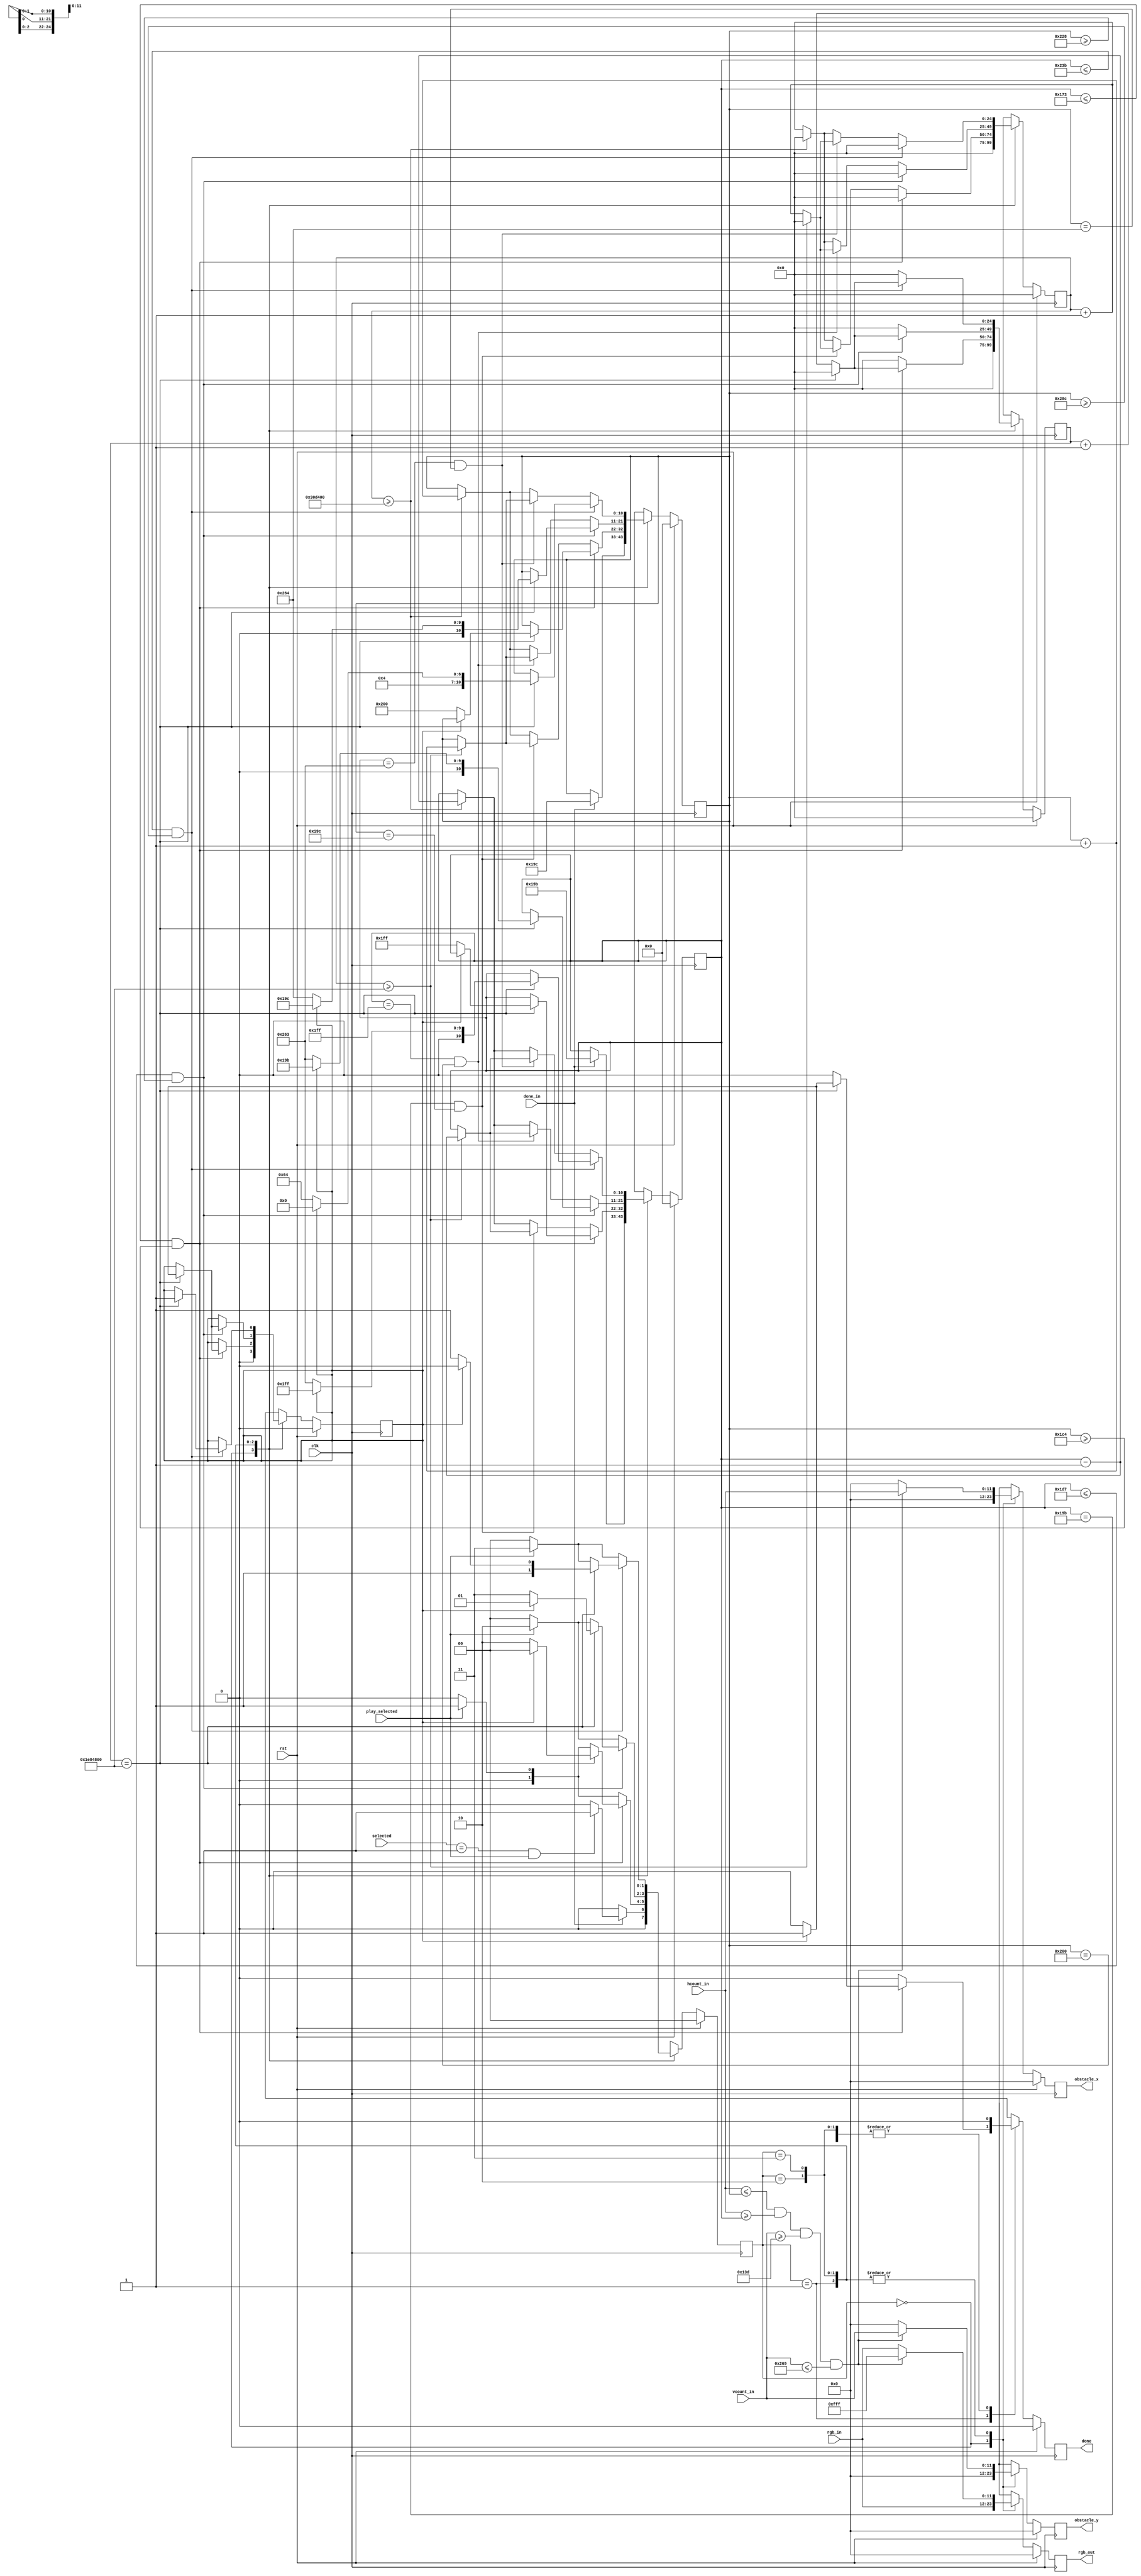
`timescale 1ns / 1ps
//////////////////////////////////////////////////////////////////////////////////
// Company: 
// Engineer: 
// 
// Design Name: 
// Module Name: lasers_obstacle
// Project Name: 
// Target Devices: 
// Tool Versions: 
// Description: 
// 
// Dependencies: 
// 
// Revision:
// Revision 0.01 - File Created
// Additional Comments:
// 
//////////////////////////////////////////////////////////////////////////////////
/*
*MO-created module
*
*/

module lasers_obstacle
    #( parameter
        SELECT_CODE = 3'b001
    )
    (
        input wire [11:0] vcount_in,
        input wire [11:0] hcount_in,
        input wire clk,
        input wire rst,
        input wire [11:0] rgb_in,
        input wire play_selected,
        input wire [2:0] selected,
        input wire done_in,
        
        output reg [11:0] rgb_out,
        output reg [11:0] obstacle_x,
        output reg [11:0] obstacle_y,
        output reg done
    );
  
localparam COUNTER_ON_LASER_VALUE       = 3200000,
           COUNTER_BETWEEN_LASERS_VALUE = 32000000;

localparam LASER_TOP    = 317,
           LASER_BOTTOM = 617;

localparam LEFT_LASER_LEFT      = 411,
           LEFT_LASER_RIGHT     = 412,
           MIDDLE_LASER_LEFT    = 511,
           MIDDLE_LASER_RIGHT   = 512,
           RIGHT_LASER_LEFT     = 611,
           RIGHT_LASER_RIGHT    = 612,
           LASER_WIDTH          = 40;           

localparam IDLE         = 2'b00,
           DRAW_LEFT    = 2'b01,
           DRAW_MIDDLE  = 2'b10,
           DRAW_RIGHT   = 2'b11;
           

reg [11:0] rgb_nxt;
reg [11:0] obstacle_x_nxt, obstacle_y_nxt;
reg [1:0] state, state_nxt;
reg [10:0] laser_right, laser_left, laser_right_nxt, laser_left_nxt;
reg [24:0] counter_between_lasers, counter_between_lasers_nxt, counter_on_laser, counter_on_laser_nxt;
reg bounce_back, bounce_back_nxt;
reg done_nxt;

always @(posedge clk) begin
    if (rst) begin
        state                   <= IDLE;
        rgb_out                 <= 0; 
        obstacle_x              <= 0;
        obstacle_y              <= 0;
        laser_right             <= 0;
        laser_left              <= 0;
        counter_between_lasers  <= 0;
        counter_on_laser        <= 0;
        bounce_back             <= 0;
        done                    <= 0;
    end
    else begin
        state                   <= state_nxt;
        rgb_out                 <= rgb_nxt;
        obstacle_x              <= obstacle_x_nxt;
        obstacle_y              <= obstacle_y_nxt;
        laser_right             <= laser_right_nxt;
        laser_left              <= laser_left_nxt;
        counter_between_lasers  <= counter_between_lasers_nxt;
        counter_on_laser        <= counter_on_laser_nxt;
        bounce_back             <= bounce_back_nxt;
        done                    <= done_nxt;
    end
end

always @* begin
    rgb_nxt                     = rgb_in;
    state_nxt                   = IDLE;
    counter_between_lasers_nxt  = 0;
    counter_on_laser_nxt        = 0;
    laser_left_nxt              = laser_left;
    laser_right_nxt             = laser_right;
    obstacle_x_nxt              = 0;
    obstacle_y_nxt              = 0;
    done_nxt                    = 0;
    bounce_back_nxt             = bounce_back;
    
    case (state)
        IDLE: begin
        
            done_nxt = 0;
            bounce_back_nxt = 0;
            
            if (done_in) begin
                state_nxt = ((selected == SELECT_CODE) && play_selected) ? DRAW_LEFT : IDLE;
                laser_left_nxt = LEFT_LASER_LEFT;
                laser_right_nxt = LEFT_LASER_RIGHT;
            end
            else
                state_nxt = IDLE;
            
        end
            
        DRAW_LEFT: begin
        
            done_nxt = 0;
            
            if (!play_selected)
                state_nxt = IDLE;
            else 
                state_nxt = DRAW_LEFT;
                
            //draw left laser
            if (hcount_in <= laser_right && hcount_in >= laser_left && vcount_in >= LASER_TOP && vcount_in <= LASER_BOTTOM)begin
                rgb_nxt = 12'hf_f_f;
                obstacle_x_nxt = hcount_in;
                obstacle_y_nxt = vcount_in;
            end
            else
                rgb_nxt = rgb_in;
                            
            if ((laser_left <= LEFT_LASER_LEFT - LASER_WIDTH ) && (laser_right >= LEFT_LASER_RIGHT + LASER_WIDTH)) begin         //move to next laser after delay and when reached set size
                if (counter_between_lasers == COUNTER_BETWEEN_LASERS_VALUE) begin               
                    if (bounce_back == 1) begin                         //direction based on whether the obstacle already reached right laser
                        state_nxt = IDLE;
                        bounce_back_nxt = 1;
                        done_nxt = 1;
                    end
                    else begin
                        state_nxt = DRAW_MIDDLE;
                        laser_left_nxt = MIDDLE_LASER_LEFT;
                        laser_right_nxt = MIDDLE_LASER_RIGHT;
                        bounce_back_nxt = 0;
                    end
                end
                else
                    counter_between_lasers_nxt = counter_between_lasers + 1;
            end
            else begin                                      
                if ((laser_left == LEFT_LASER_LEFT) && (laser_right == LEFT_LASER_RIGHT)) begin //after spawning laser wait
                    if (counter_on_laser >= COUNTER_BETWEEN_LASERS_VALUE) begin  
                        laser_left_nxt = laser_left - 1;
                        laser_right_nxt = laser_right + 1;
                        counter_on_laser_nxt = 0;
                    end
                    else begin
                        counter_on_laser_nxt = counter_on_laser + 1;
                        laser_left_nxt  = laser_left;
                        laser_right_nxt  = laser_right;
                    end
                end
                else begin              //expand left and right borders of laser with delay between expansions to slow down
                    if (counter_on_laser >= COUNTER_ON_LASER_VALUE) begin  
                        laser_left_nxt = laser_left - 1;
                        laser_right_nxt = laser_right + 1;
                        counter_on_laser_nxt = 0;
                    end
                    else begin
                        counter_on_laser_nxt = counter_on_laser + 1;
                        laser_left_nxt  = laser_left;
                        laser_right_nxt  = laser_right;
                    end
                end           
            end
                   
        end   
        
        DRAW_MIDDLE: begin
            
            if (!play_selected)
                state_nxt = IDLE;
            else 
                state_nxt = DRAW_MIDDLE;
            
            //draw middle laser
            if (hcount_in <= laser_right && hcount_in >= laser_left && vcount_in >= LASER_TOP && vcount_in <= LASER_BOTTOM)begin
                rgb_nxt = 12'hf_f_f;
                obstacle_x_nxt = hcount_in;
                obstacle_y_nxt = vcount_in;
            end
            else
                rgb_nxt = rgb_in;
                
            if ((laser_left <= MIDDLE_LASER_LEFT - LASER_WIDTH ) && (laser_right >= MIDDLE_LASER_RIGHT + LASER_WIDTH)) begin         //move to next laser after delay and when reached set size 
                if (counter_between_lasers == COUNTER_BETWEEN_LASERS_VALUE) begin
                    if (bounce_back == 1) begin                        //direction based on whether the obstacle already reached right laser
                        state_nxt = DRAW_LEFT;
                        laser_left_nxt = LEFT_LASER_LEFT;
                        laser_right_nxt = LEFT_LASER_RIGHT;
                        bounce_back_nxt = 1;
                    end
                    else begin
                        laser_left_nxt = RIGHT_LASER_LEFT;
                        laser_right_nxt = RIGHT_LASER_RIGHT;
                        state_nxt = DRAW_RIGHT;
                        bounce_back_nxt = 0;
                    end
                end  
                else
                    counter_between_lasers_nxt = counter_between_lasers + 1;
            end
            else begin                                                      
                if ((laser_left == MIDDLE_LASER_LEFT) && (laser_right == MIDDLE_LASER_RIGHT)) begin //after spawning laser wait
                    if (counter_on_laser >= COUNTER_BETWEEN_LASERS_VALUE) begin  
                        laser_left_nxt = laser_left - 1;
                        laser_right_nxt = laser_right + 1;
                        counter_on_laser_nxt = 0;
                    end
                    else begin
                        counter_on_laser_nxt = counter_on_laser + 1;
                        laser_left_nxt  = laser_left;
                        laser_right_nxt  = laser_right;
                    end
                end
                else begin              //expand left and right borders of laser with delay between expansions to slow down
                    if (counter_on_laser >= COUNTER_ON_LASER_VALUE) begin  
                        laser_left_nxt = laser_left - 1;
                        laser_right_nxt = laser_right + 1;
                        counter_on_laser_nxt = 0;
                    end
                    else begin
                        counter_on_laser_nxt = counter_on_laser + 1;
                        laser_left_nxt  = laser_left;
                        laser_right_nxt  = laser_right;
                    end
                end        
            end
             
        end
        
        DRAW_RIGHT: begin
            
            if (!play_selected)
                state_nxt = IDLE;
            else 
                state_nxt = DRAW_RIGHT;
            
            //draw right laser
            if (hcount_in <= laser_right && hcount_in >= laser_left && vcount_in >= LASER_TOP && vcount_in <= LASER_BOTTOM)begin
                rgb_nxt = 12'hf_f_f;
                obstacle_x_nxt = hcount_in;
                obstacle_y_nxt = vcount_in;
            end
            else
                rgb_nxt = rgb_in;
                
            if ((laser_left <= RIGHT_LASER_LEFT - LASER_WIDTH ) && (laser_right >= RIGHT_LASER_RIGHT + LASER_WIDTH)) begin         //move to next laser after delay and when reached set size 
                if (counter_between_lasers == COUNTER_BETWEEN_LASERS_VALUE) begin               
                    if (bounce_back == 1) begin                             ////direction based on whether the obstacle already reached right laser
                        state_nxt = DRAW_MIDDLE;        //if already bounced go in reverse order                        
                        laser_left_nxt = MIDDLE_LASER_LEFT;
                        laser_right_nxt = MIDDLE_LASER_RIGHT;
                        bounce_back_nxt = 1;                                
                    end
                    else begin
                        laser_left_nxt = RIGHT_LASER_LEFT;
                        laser_right_nxt = RIGHT_LASER_RIGHT;
                        bounce_back_nxt = 1;            //if not bounced then repeat right and then go in reverse order
                        state_nxt = DRAW_RIGHT;
                    end                   
                end
                else
                    counter_between_lasers_nxt = counter_between_lasers + 1;
            end
            else begin                                                      
                if ((laser_left == RIGHT_LASER_LEFT) && (laser_right == RIGHT_LASER_RIGHT)) begin //after spawning laser wait
                    if (counter_on_laser >= COUNTER_BETWEEN_LASERS_VALUE) begin  
                        laser_left_nxt = laser_left - 1;
                        laser_right_nxt = laser_right + 1;
                        counter_on_laser_nxt = 0;
                    end
                    else begin
                        counter_on_laser_nxt = counter_on_laser + 1;
                        laser_left_nxt  = laser_left;
                        laser_right_nxt  = laser_right;
                    end
                end
                else begin              //expand left and right borders of laser with delay between expansions to slow down
                    if (counter_on_laser >= COUNTER_ON_LASER_VALUE) begin  
                        laser_left_nxt = laser_left - 1;
                        laser_right_nxt = laser_right + 1;
                        counter_on_laser_nxt = 0;
                    end
                    else begin
                        counter_on_laser_nxt = counter_on_laser + 1;
                        laser_left_nxt  = laser_left;
                        laser_right_nxt  = laser_right;
                    end
                end         
            end
            
        end            
    endcase        
end

endmodule